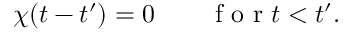
\begin{array} { r } { \chi ( t - t ^ { \prime } ) = 0 \qquad \textrm { f o r } t < t ^ { \prime } . } \end{array}